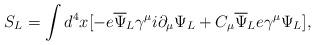
LaTeX: \begin{align*}S_L= \int d^4x [-e{\overline\Psi}_L\gamma^\mu i\partial_\mu\Psi_L+ C_\mu{\overline\Psi}_L e\gamma^\mu \Psi_L], \end{align*}